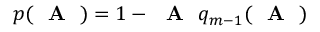
p ( \textrm { \textbf { A } } ) = 1 - \textrm { \textbf { A } } q _ { m - 1 } ( \textrm { \textbf { A } } )